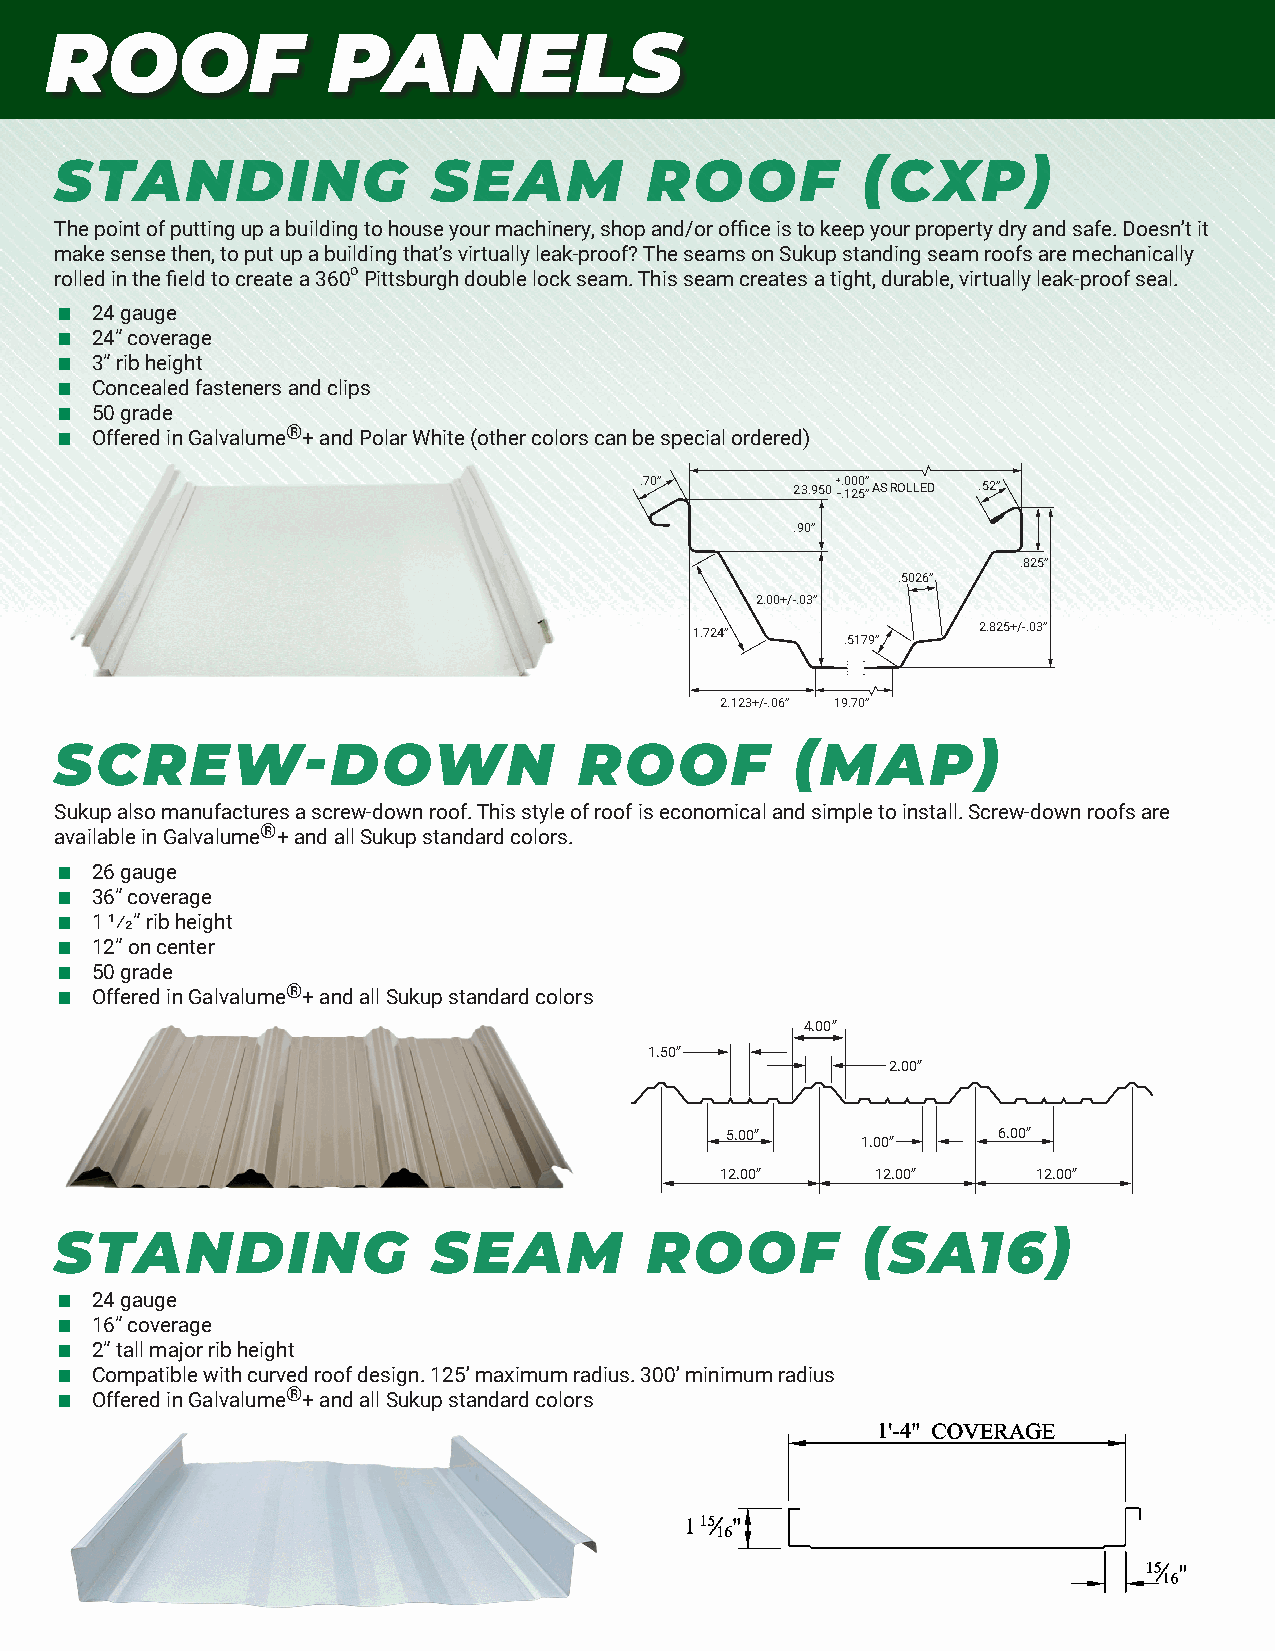
ROOF               PANELS
 STANDING                 SEAM          ROOF          (CXP)
 The point of putting up a building to house your machinery, shop and/or office is to keep your property dry and safe. Doesn’t it
 make sense then, to put up a building that’s virtually leak-proof? The seams on Sukup standing seam roofs are mechanically
 rolled in the field to create a 360oPittsburgh double lock seam. This seam creates a tight, durable, virtually leak-proof seal.
 24 gauge
 24” coverage
 3” rib height
 Concealed fasteners and clips
 50 grade
 Offered in Galvalume®+ and Polar White (other colors can be special ordered)
 .70”       23.950 + -. .0 10 20 5” ”AS ROLLED .52”
 .90”
 .825”
 .5026”
 2.00+/-.03”
 2.825+/-.03”
 1.724”    .5179”
 2.123+/-.06” 19.70”
 SCREW-DOWN                        ROOF          (MAP)
 Sukup also manufactures a screw-down roof. This style of roof is economical and simple to install. Screw-down roofs are
 available in Galvalume®+ and all Sukup standard colors.
 26 gauge
 36” coverage
 1 1/2” rib height
 12” on center
 50 grade
 Offered in Galvalume®+ and all Sukup standard colors
 4.00”
 1.50”
 2.00”
 5.00”             6.00”
 1.00”
 12.00”    12.00”     12.00”
 STANDING                 SEAM          ROOF          (SA16)
 24 gauge
 16” coverage
 2” tall major rib height
 Compatible with curved roof design. 125’ maximum radius. 300’ minimum radius
 Offered in Galvalume®+ and all Sukup standard colors